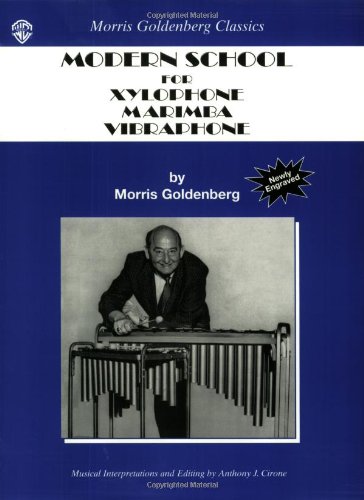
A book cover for Modern School: Xylophone, Marimba, Vibraphone (Morris Goldenberg Classics); Morris Goldenberg; Reference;